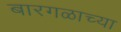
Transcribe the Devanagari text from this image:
बारगळाच्या